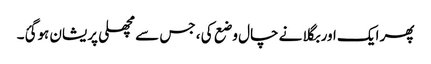
پھر ایک اور بگلا نے چال وضع کی ، جس سے مچھلی پریشان ہوگئ۔